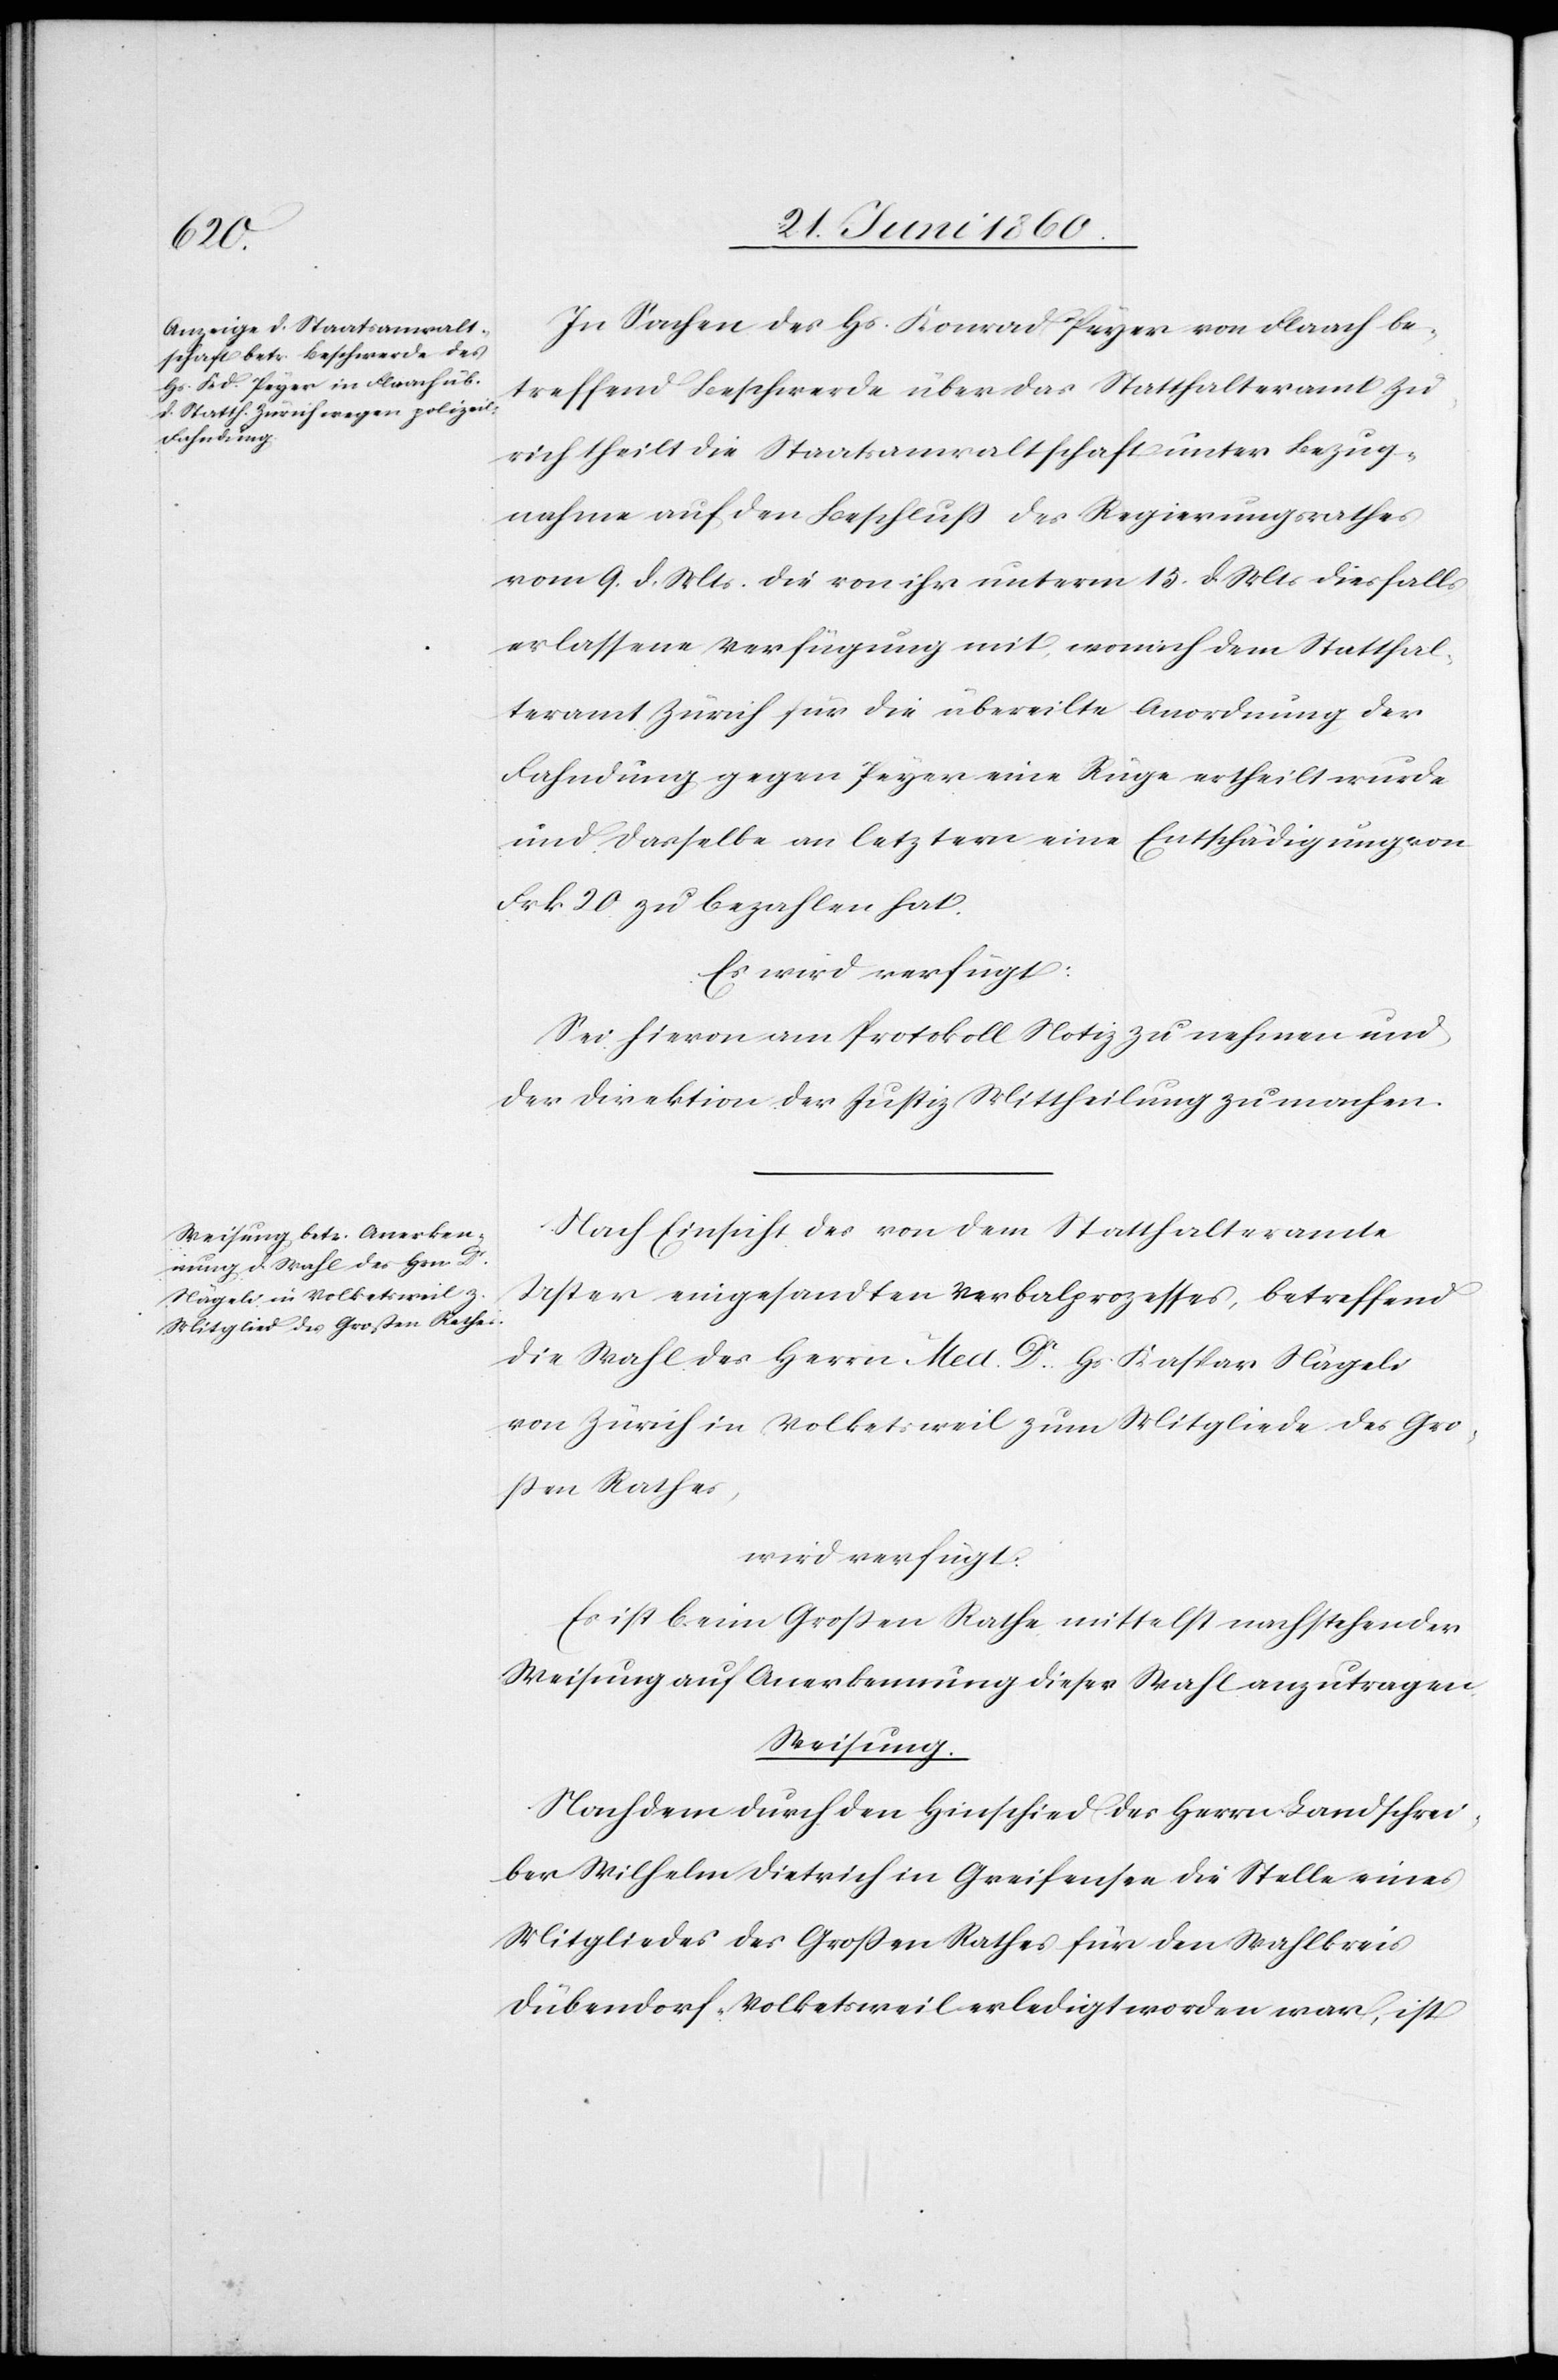
22. Juni 1860.]
In Sachen des Hs. Konrad Peyer von Flaach be¬
treffend Beschwerde über das Statthalteramt Zü¬
rich theilt die Staatsanwaltschaft unter Bezug¬
nahme auf den Beschluss des Regierungsrathes
vom 9. d. Mts. die von ihr unterm 15. d. Mts. diesfalls
erlassene Verfügung mit, wonach dem Statthal¬
teramt Zürich für die übereilte
Anordnung der
Fahndung gegen Peyer eine Rüge ertheilt wurde
und dasselbe an letztern eine
Entschädigung von
Frk. 20 zu bezahlen hat.
Es wird verfügt:
Sei hievon am Protokoll Notiz zu nehmen und
der Direktion der Justiz Mittheilung zu machen.
Nach Einsicht des von dem Statthalteramte
Uster eingesandten Verbalprozesses, betreffend
die Wahl des Herrn Med. Dr Hs. Kaspar Nägeli
von Zürich in Volketsweil zum Mitgliede des Gro¬
ssen Rathes,
wird verfügt:
Es ist beim Grossen Rathe mittelst nachstehender
Weisung auf Anerkennung dieser
Wahl anzutragen.
Weisung.
Nachdem durch den Hinschied des Herrn Landschrei¬
ber Wilhelm Dietrich in Greifensee die Stelle eines
Mitgliedes des Grossen Rathes für den Wahlkreis
Dübendorf-Volketsweil erledigt worden war, ist